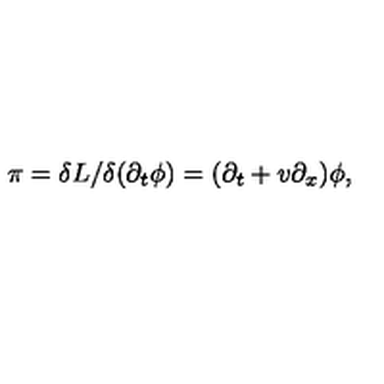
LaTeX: \pi = \delta L / \delta ( \partial _ { t } \phi ) = ( \partial _ { t } + v \partial _ { x } ) \phi ,